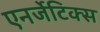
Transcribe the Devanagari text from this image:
एनर्जेटिक्स